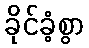
ခိုင်ခံ့စွာ